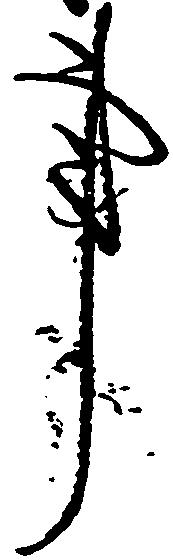
事